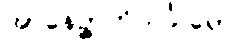
အာနေဉ္ဇာဘိသင်္ခါရော